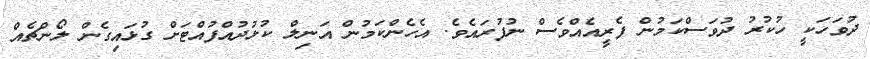
ދުވަހަކީ ހުކުރު ދުވަސްކަމުން ފެރީއެއްވެސް ނުފުރައެވެ. އެހެންކަމުން އަނިލް ކުޅުދުއްފުއްޓަށް ގުޅައިގެން ލޯންޗެއް